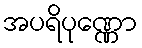
အပရိပုဏ္ဏော